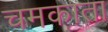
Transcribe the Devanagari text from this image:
चमकाता